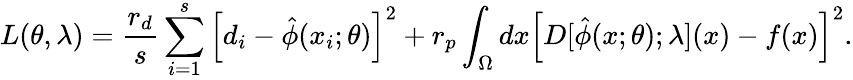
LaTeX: L(\theta,\lambda)=\frac{r_{d}}{s}\sum_{i=1}^{s}\left[d_{i}-\hat{\phi}(x_{i};\theta)\right]^{2}+r_{p}\int_{\Omega}dx\left[D[\hat{\phi}(x;\theta);\lambda](x)-f(x)\right]^{2}.